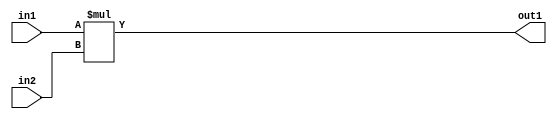
`timescale 1ps / 1ps
/*****************************************************************************
    Verilog RTL Description
    
    
    Created by: Stratus DpOpt 21.05.01 
*******************************************************************************/

module SobelFilter_Mul_32Ux32U_32U_1 (
	in2,
	in1,
	out1
	); /* architecture "behavioural" */ 
input [31:0] in2,
	in1;
output [31:0] out1;
wire [31:0] asc001;

assign asc001 = 
	+(in1 * in2);

assign out1 = asc001;
endmodule

/* CADENCE  urn0Qgg= : u9/ySxbfrwZIxEzHVQQV8Q== ** DO NOT EDIT THIS LINE ******/